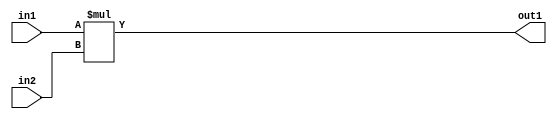
`timescale 1ps / 1ps
/*****************************************************************************
    Verilog RTL Description
    
    
    Created by: Stratus DpOpt 21.05.01 
*******************************************************************************/

module SobelFilter_Mul_32Ux32U_32U_1 (
	in2,
	in1,
	out1
	); /* architecture "behavioural" */ 
input [31:0] in2,
	in1;
output [31:0] out1;
wire [31:0] asc001;

assign asc001 = 
	+(in1 * in2);

assign out1 = asc001;
endmodule

/* CADENCE  urn0Qgg= : u9/ySxbfrwZIxEzHVQQV8Q== ** DO NOT EDIT THIS LINE ******/